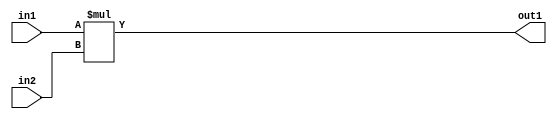
`timescale 1ps / 1ps
/*****************************************************************************
    Verilog RTL Description
    
    
    Created by: Stratus DpOpt 21.05.01 
*******************************************************************************/

module SobelFilter_Mul_32Ux32U_32U_1 (
	in2,
	in1,
	out1
	); /* architecture "behavioural" */ 
input [31:0] in2,
	in1;
output [31:0] out1;
wire [31:0] asc001;

assign asc001 = 
	+(in1 * in2);

assign out1 = asc001;
endmodule

/* CADENCE  urn0Qgg= : u9/ySxbfrwZIxEzHVQQV8Q== ** DO NOT EDIT THIS LINE ******/